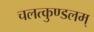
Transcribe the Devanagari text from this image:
चलत्कुण्डलम्